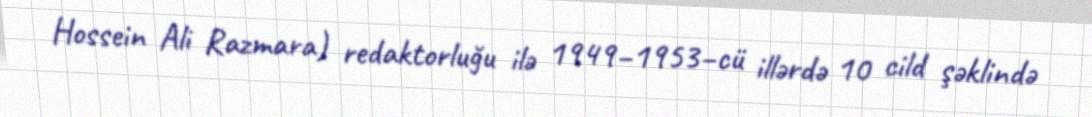
Hossein Ali Razmara) redaktorluğu ilə 1949–1953–cü illərdə 10 cild şəklində